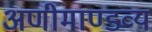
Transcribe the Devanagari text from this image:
अणीमाण्डव्य